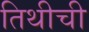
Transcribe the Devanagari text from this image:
तिथीची